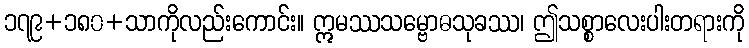
၁၇၉+၁၈၀+သာကိုလည်းကောင်း။ ဣမဿသမ္ဗောဓသုခဿ၊ ဤသစ္စာလေးပါးတရားကို